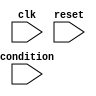
module while_loop_block (
    input clk,
    input reset,
    input condition,
    // Add more input and output ports as needed
);

reg [1:0] state;

always @(posedge clk or posedge reset) begin
    if (reset) begin
        state <= 2'b00;
    end else begin
        case (state)
            2'b00: begin // Initial state
                if (condition) begin
                    state <= 2'b01;
                end else begin
                    state <= 2'b10;
                end
            end
            2'b01: begin // While loop state
                // Execute the set of statements here
                if (!condition) begin
                    state <= 2'b10;
                end
            end
            2'b10: ; // End of while loop state
        endcase
    end
end

endmodule